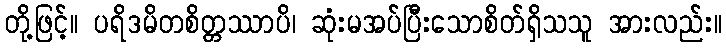
တို့ဖြင့်။ ပရိဒမိတစိတ္တဿာပိ၊ ဆုံးမအပ်ပြီးသောစိတ်ရှိသသူ အားလည်း။